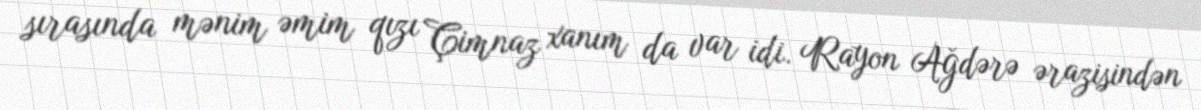
sırasında mənim əmim qızı Çimnaz xanım da var idi. Rayon Ağdərə ərazisindən